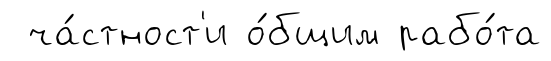
ча́стност'и о́бщим рабо́та